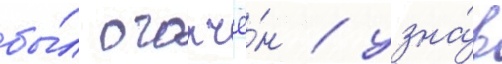
бы́л огорчё́н / узна́в